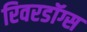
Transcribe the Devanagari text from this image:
रिवरडॉग्स